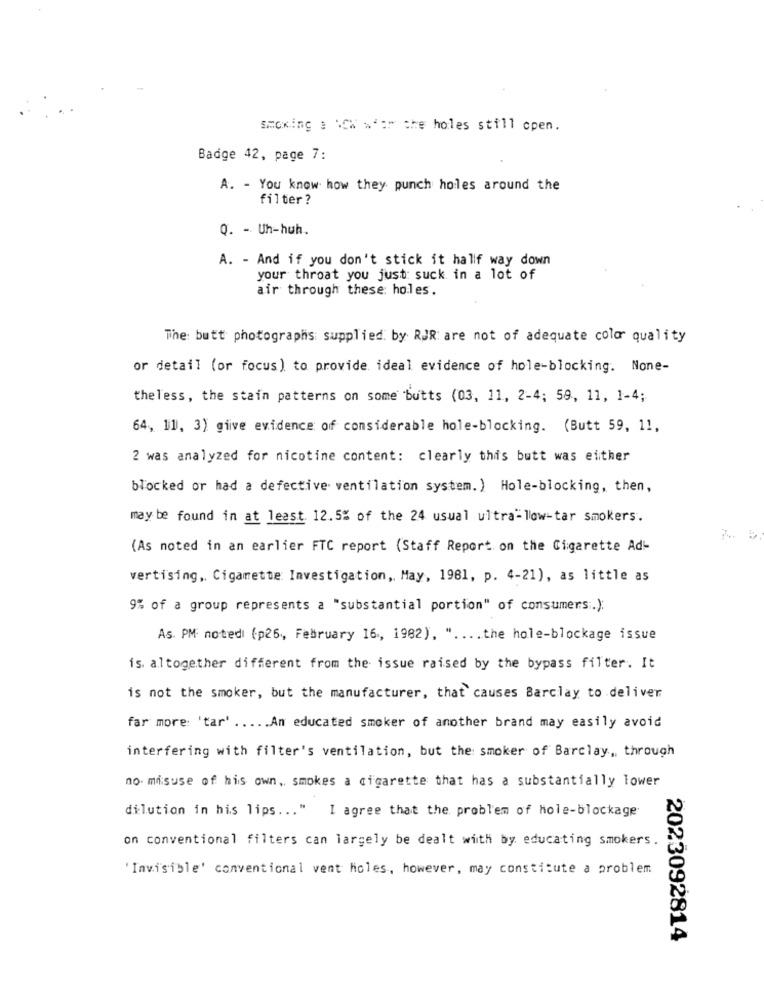
smoking a \CW waw the holes still open.
Badge 42, page 7:
A. - You know how they punch holes around the
filter?
Q. - Uh-huh.
A. - And if you don't stick it hallf way down
your throat you just: suck in a lot of
air through these: holes.
The: butt photographs supplied by RJR: are not of adequate colo quality
or detail (or focus) to provide. ideal evidence of hole-blocking. None-
theless, the stain patterns on some butts (03, 11, 2-4; 59, 11, 1-4;
64, 11, 3) give evidence of considerable hole-blocking. (Butt 59, 11,
2 was analyzed for nicotine content: clearly this butt was either
blocked or had a defective ventilation system. ) Hole-blocking, then,
may be found in at least. 12.5% of the 24 usual ultra-low-tar Smokers.
(As noted in an earlier FTC report (Staff Report on the Cigarette Ad-
vertising, Cigarette Investigation, May, 1981, p. 4-21), as little as
9% of a group represents a "substantial portion" of consumers.):
As. PM: notedi (p26, February 16, 1982), " .... the hole-blockage issue
is. altogether different from the issue raised by the bypass filter. It
is not the smoker, but the manufacturer, that causes Barclay to deliver
far more: 'tar' ..... An educated smoker of another brand may easily avoid
interfering with filter's ventilation, but the smoker of Barclay, through
no- misuse of his own, smokes a cigarette that has a substantially lower
dilution in his lips ... " I agree that the problem of hole-blockage
on conventional filters can largely be dealt with by educating smokers.
Invisible' conventional vent holes, however, may constitute a problem
2023092814